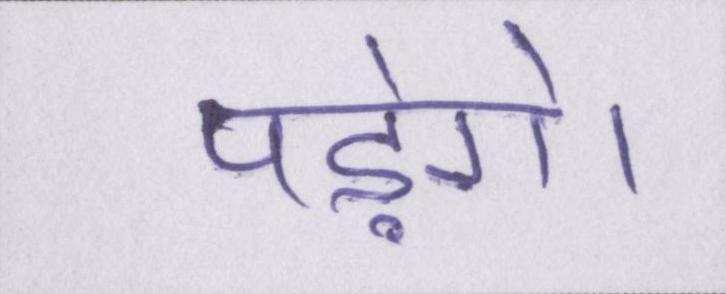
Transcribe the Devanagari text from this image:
पड़ेंगे।